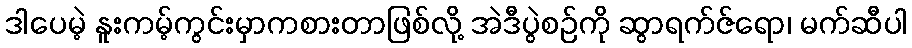
ဒါပေမဲ့ နူးကမ့်ကွင်းမှာကစားတာဖြစ်လို့ အဲဒီပွဲစဉ်ကို ဆွာရက်ဇ်ရော၊ မက်ဆီပါ